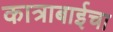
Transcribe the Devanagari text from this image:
कात्राबाईचा